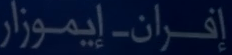
إِفْرَان-إ